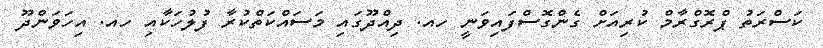
ކަސްރަތު ޕްރޮގްރާމް ކުރިއަށް ގެންގޮސްފައިވަނީ ހއ. ދިއްދޫގައި މަސައްކަތްކުރާ ފުލުހަކާއި ހއ. އިހަވަންދޫ